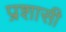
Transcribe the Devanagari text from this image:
प्रशासी